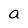
Character: a